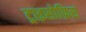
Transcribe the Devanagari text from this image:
ट्राइसोफ़िस